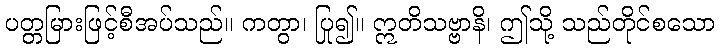
ပတ္တမြားဖြင့်စီအပ်သည်။ ကတွာ၊ ပြု၍။ ဣတိသဗ္ဗာနိ၊ ဤသို့ သည်တိုင်စသော